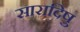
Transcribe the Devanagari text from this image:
सारादिषु